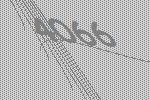
4066